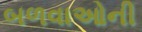
બળવાઓની